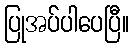
ပြုအပ်ပါပေပြီ။